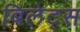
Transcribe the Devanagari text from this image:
बिलेट्स